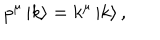
p ^ { \mu } \left| k \right> = k ^ { \mu } \left| k \right> ,